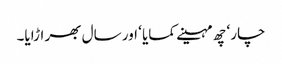
چار ‘ چھ مہینے کمایا ‘ اور سال بھر اڑایا۔